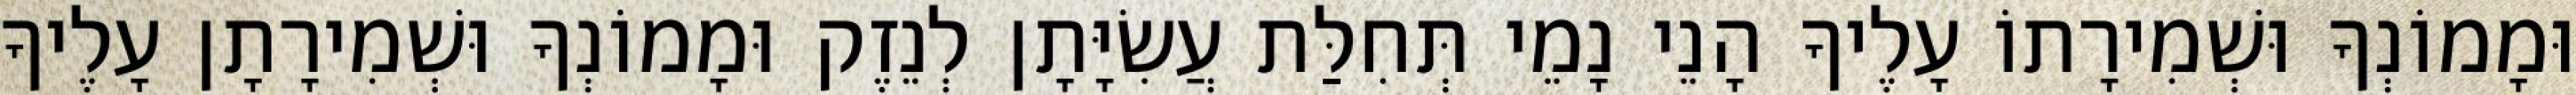
וּמָמוֹנְךָ וּשְׁמִירָתוֹ עָלֶיךָ הָנֵי נָמֵי תְּחִלַּת עֲשִׂיָּתָן לְנֵזֶק וּמָמוֹנְךָ וּשְׁמִירָתָן עָלֶיךָ